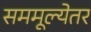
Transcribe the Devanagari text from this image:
सममूल्येतर